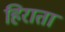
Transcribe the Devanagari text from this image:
हिराता